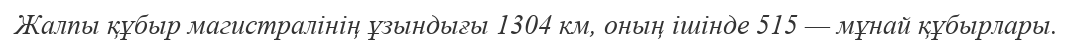
Жалпы құбыр магистралінің ұзындығы 1304 км, оның ішінде 515 — мұнай құбырлары.